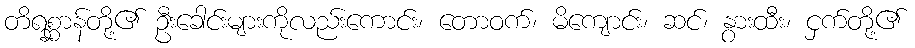
တိရစ္ဆာန်တို့၏ ဦးခေါင်းများကိုလည်းကောင်း၊ တောဝက်၊ မိကျောင်း၊ ဆင်၊ နွားထီး၊ ငှက်တို့၏